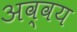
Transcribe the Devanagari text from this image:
अव्वय